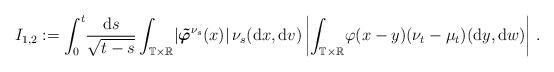
LaTeX: \begin{align*} I_{1,2} := \int_0^t\! \frac{\mathrm{d} s}{\sqrt{t-s}} \int_{\mathbb{T}\times \mathbb{R}}\! \left\vert {\boldsymbol {\tilde{\varphi}}}^{\nu_s}(x) \right\vert \nu_s(\mathrm{d} x, \mathrm{d} v) \left\vert \int_{\mathbb{T}\times \mathbb{R}}\! \varphi(x-y) (\nu_t -\mu_t)(\mathrm{d} y,\mathrm{d} w) \right\vert\,.\end{align*}